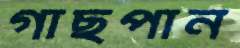
গাছপান